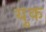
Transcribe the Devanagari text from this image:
युक